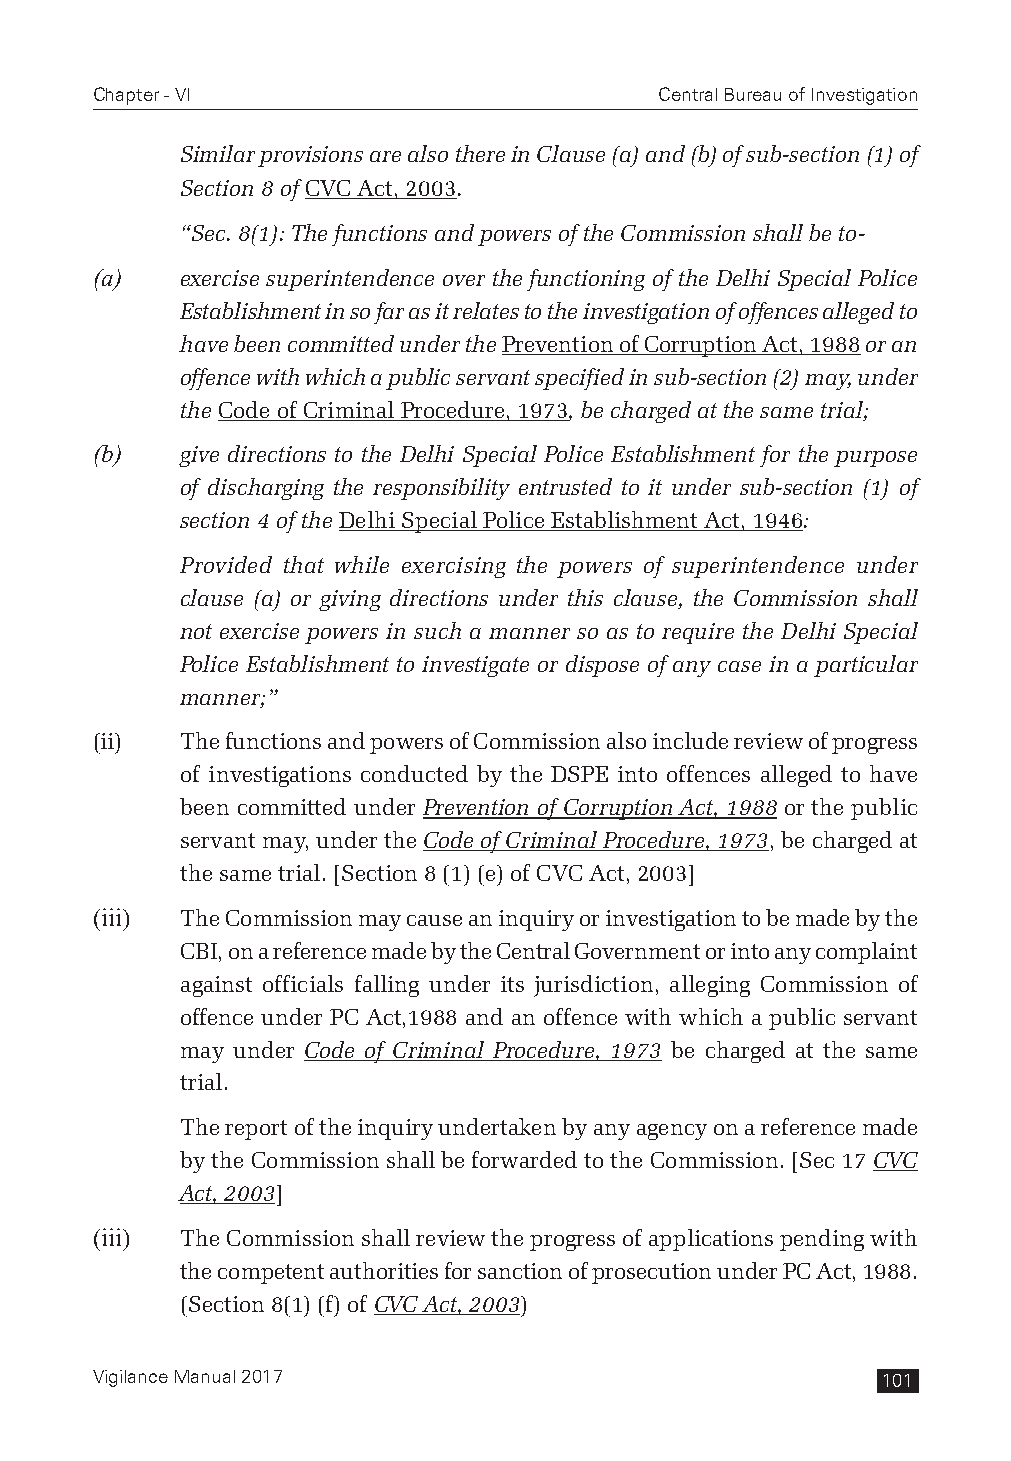
Chapter - VI                          Central Bureau of Investigation
 Similar provisions are also there in Clause (a) and (b) of sub-section (1) of
 Section 8 of CVC Act, 2003.
 “Sec. 8(1): The functions and powers of the Commission shall be to-
 (a)   exercise superintendence over the functioning of the Delhi Special Police
 Establishment in so far as it relates to the investigation of offences alleged to
 have been committed under the Prevention of Corruption Act, 1988 or an
 offence with which a public servant specified in sub-section (2) may, under
 the Code of Criminal Procedure, 1973, be charged at the same trial;
 (b)   give directions to the Delhi Special Police Establishment for the purpose
 of discharging the responsibility entrusted to it under sub-section (1) of
 section 4 of the Delhi Special Police Establishment Act, 1946:
 Provided that while exercising the powers of superintendence under
 clause (a) or giving directions under this clause, the Commission shall
 not exercise powers in such a manner so as to require the Delhi Special
 Police Establishment to investigate or dispose of any case in a particular
 manner;”
 (ii)  The functions and powers of Commission also include review of progress
 of investigations conducted by the DSPE into offences alleged to have
 been committed under Prevention of Corruption Act, 1988 or the public
 servant may, under the Code of Criminal Procedure, 1973, be charged at
 the same trial. [Section 8 (1) (e) of CVC Act, 2003]
 (iii) The Commission may cause an inquiry or investigation to be made by the
 CBI, on a reference made by the Central Government or into any complaint
 against officials falling under its jurisdiction, alleging Commission of
 offence under PC Act,1988 and an offence with which a public servant
 may under Code of Criminal Procedure, 1973 be charged at the same
 trial.
 The report of the inquiry undertaken by any agency on a reference made
 by the Commission shall be forwarded to the Commission. [Sec 17 CVC
 Act, 2003]
 (iii) The Commission shall review the progress of applications pending with
 the competent authorities for sanction of prosecution under PC Act, 1988.
 (Section 8(1) (f) of CVC Act, 2003)
 Vigilance Manual 2017                               101